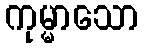
ကုမ္မာသော